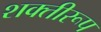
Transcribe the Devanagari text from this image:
शक्तीरूप